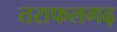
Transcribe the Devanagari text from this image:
तराफलगढ़